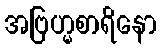
အဗြဟ္မစာရိနော